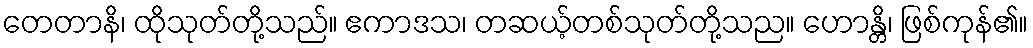
တေတာနိ၊ ထိုသုတ်တို့သည်။ ဧကာဒသ၊ တဆယ့်တစ်သုတ်တို့သည။ ဟောန္တိ၊ ဖြစ်ကုန်၏။